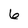
Character: 6